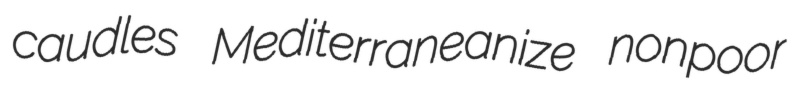
caudles Mediterraneanize nonpoor